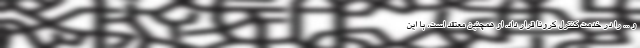
و ... را در خدمت کنترل کرونا قرار داد. او همچنین معتقد است، با این